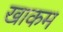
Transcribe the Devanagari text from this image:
खाकम